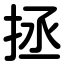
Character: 拯